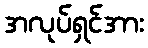
အလုပ်ရှင်အား